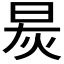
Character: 𬀯